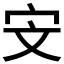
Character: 𮱟